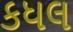
કધલ